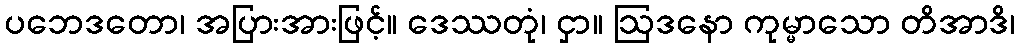
ပဘေဒတော၊ အပြားအားဖြင့်။ ဒေဿတုံ၊ ငှာ။ ဩဒနော ကုမ္မာသော တိအာဒိ၊